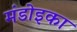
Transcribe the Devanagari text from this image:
मंडोइका